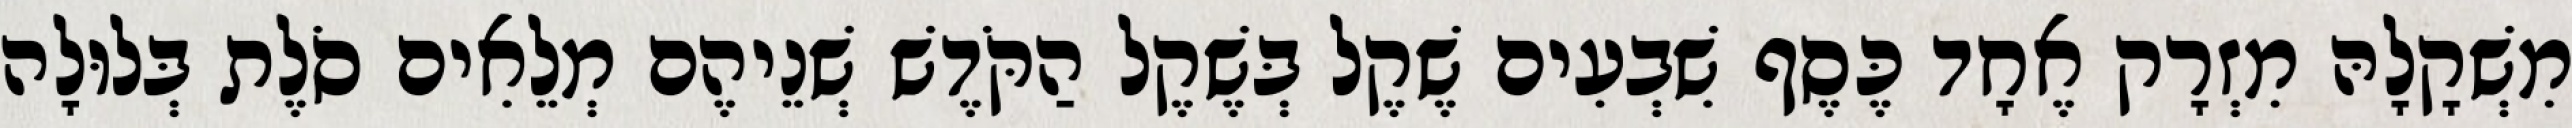
מִשְׁקָלָהּ מִזְרָק אֶחָד כֶּסֶף שִׁבְעִים שֶׁקֶל בְּשֶׁקֶל הַקֹּדֶשׁ שְׁנֵיהֶם מְלֵאִים סֹלֶת בְּלוּלָה